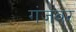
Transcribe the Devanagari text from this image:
गंजवर